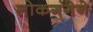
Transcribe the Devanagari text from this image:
लोकगंगेने